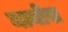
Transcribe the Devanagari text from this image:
मानोस